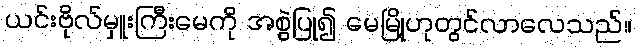
ယင်းဗိုလ်မှူးကြီးမေကို အစွဲပြု၍ မေမြို့ဟုတွင်လာလေသည်။